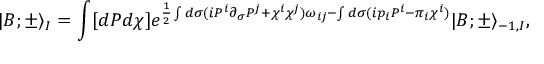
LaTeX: | B ; \pm \rangle _ { I } = \int [ d P d \chi ] e ^ { \frac { 1 } { 2 } \int d \sigma ( i P ^ { i } \partial _ { \sigma } P ^ { j } + \chi ^ { i } \chi ^ { j } ) \omega _ { i j } - \int d \sigma ( i p _ { i } P ^ { i } - \pi _ { i } \chi ^ { i } ) } | B ; \pm \rangle _ { - 1 , I } ,